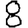
Digit: 8